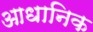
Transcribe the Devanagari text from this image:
आधानिक